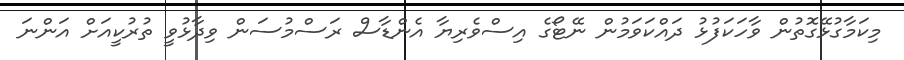
މިކަމާގުޅޭގޮތުން ވާހަކަފުޅު ދައްކަވަމުން ނޭޓޯގެ އިސްވެރިޔާ އެންޑާސް ރަސްމުސަން ވިދާޅުވީ ތުރުކީއަށް އަންނަ